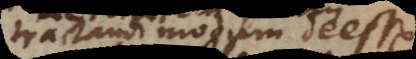
tractandi modum deesse.